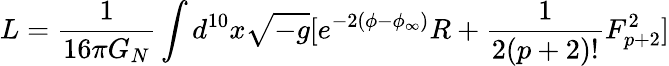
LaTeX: L={\frac{1}{16\pi G_{N}}}\int d^{10}x\sqrt{-g}[e^{-2(\phi-\phi_{\infty})}R+{\frac{1}{2(p+2)!}}F_{p+2}^{2}]